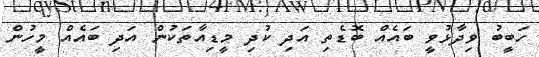
ހަބީބު ވިދާޅުވީ ބައެއް ބޮޑެތި އަދި ކުދި މީޑިއާތަކުން އަދި ބައެއް މީހުން